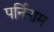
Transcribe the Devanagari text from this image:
पर्निनाम